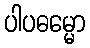
ပါပဓမ္မော